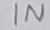
Text: IN